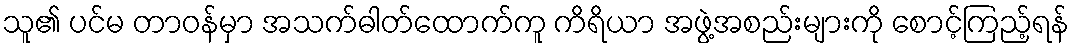
သူ၏ ပင်မ တာဝန်မှာ အသက်ဓါတ်ထောက်ကူ ကိရိယာ အဖွဲ့အစည်းများကို စောင့်ကြည့်ရန်